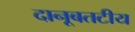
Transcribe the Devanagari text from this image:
दानूबतटीय